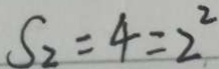
S _ { 2 } = 4 = 2 ^ { 2 }